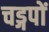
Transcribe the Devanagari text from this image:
चड्गपों